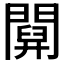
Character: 𨵹